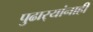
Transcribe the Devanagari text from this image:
पुढार्‍यांनाही